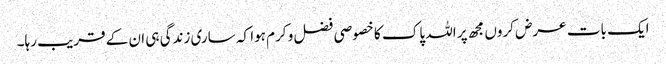
ایک بات عرض کروں مجھ پر اللہ پاک کا خصوصی فضل و کرم ہوا کہ ساری زندگی ہی ان کے قریب رہا۔